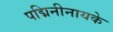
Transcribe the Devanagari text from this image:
पद्मिनीनायके